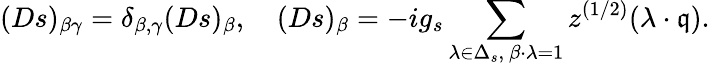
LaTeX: (Ds)_{\beta\gamma}=\delta_{\beta,\gamma}(Ds)_{\beta},\quad(Ds)_{\beta}=-ig_{s}\sum_{\lambda\in\Delta_{s},\ \beta\cdot\lambda=1}z^{(1/2)}(\lambda\cdot\mathfrak{q}).